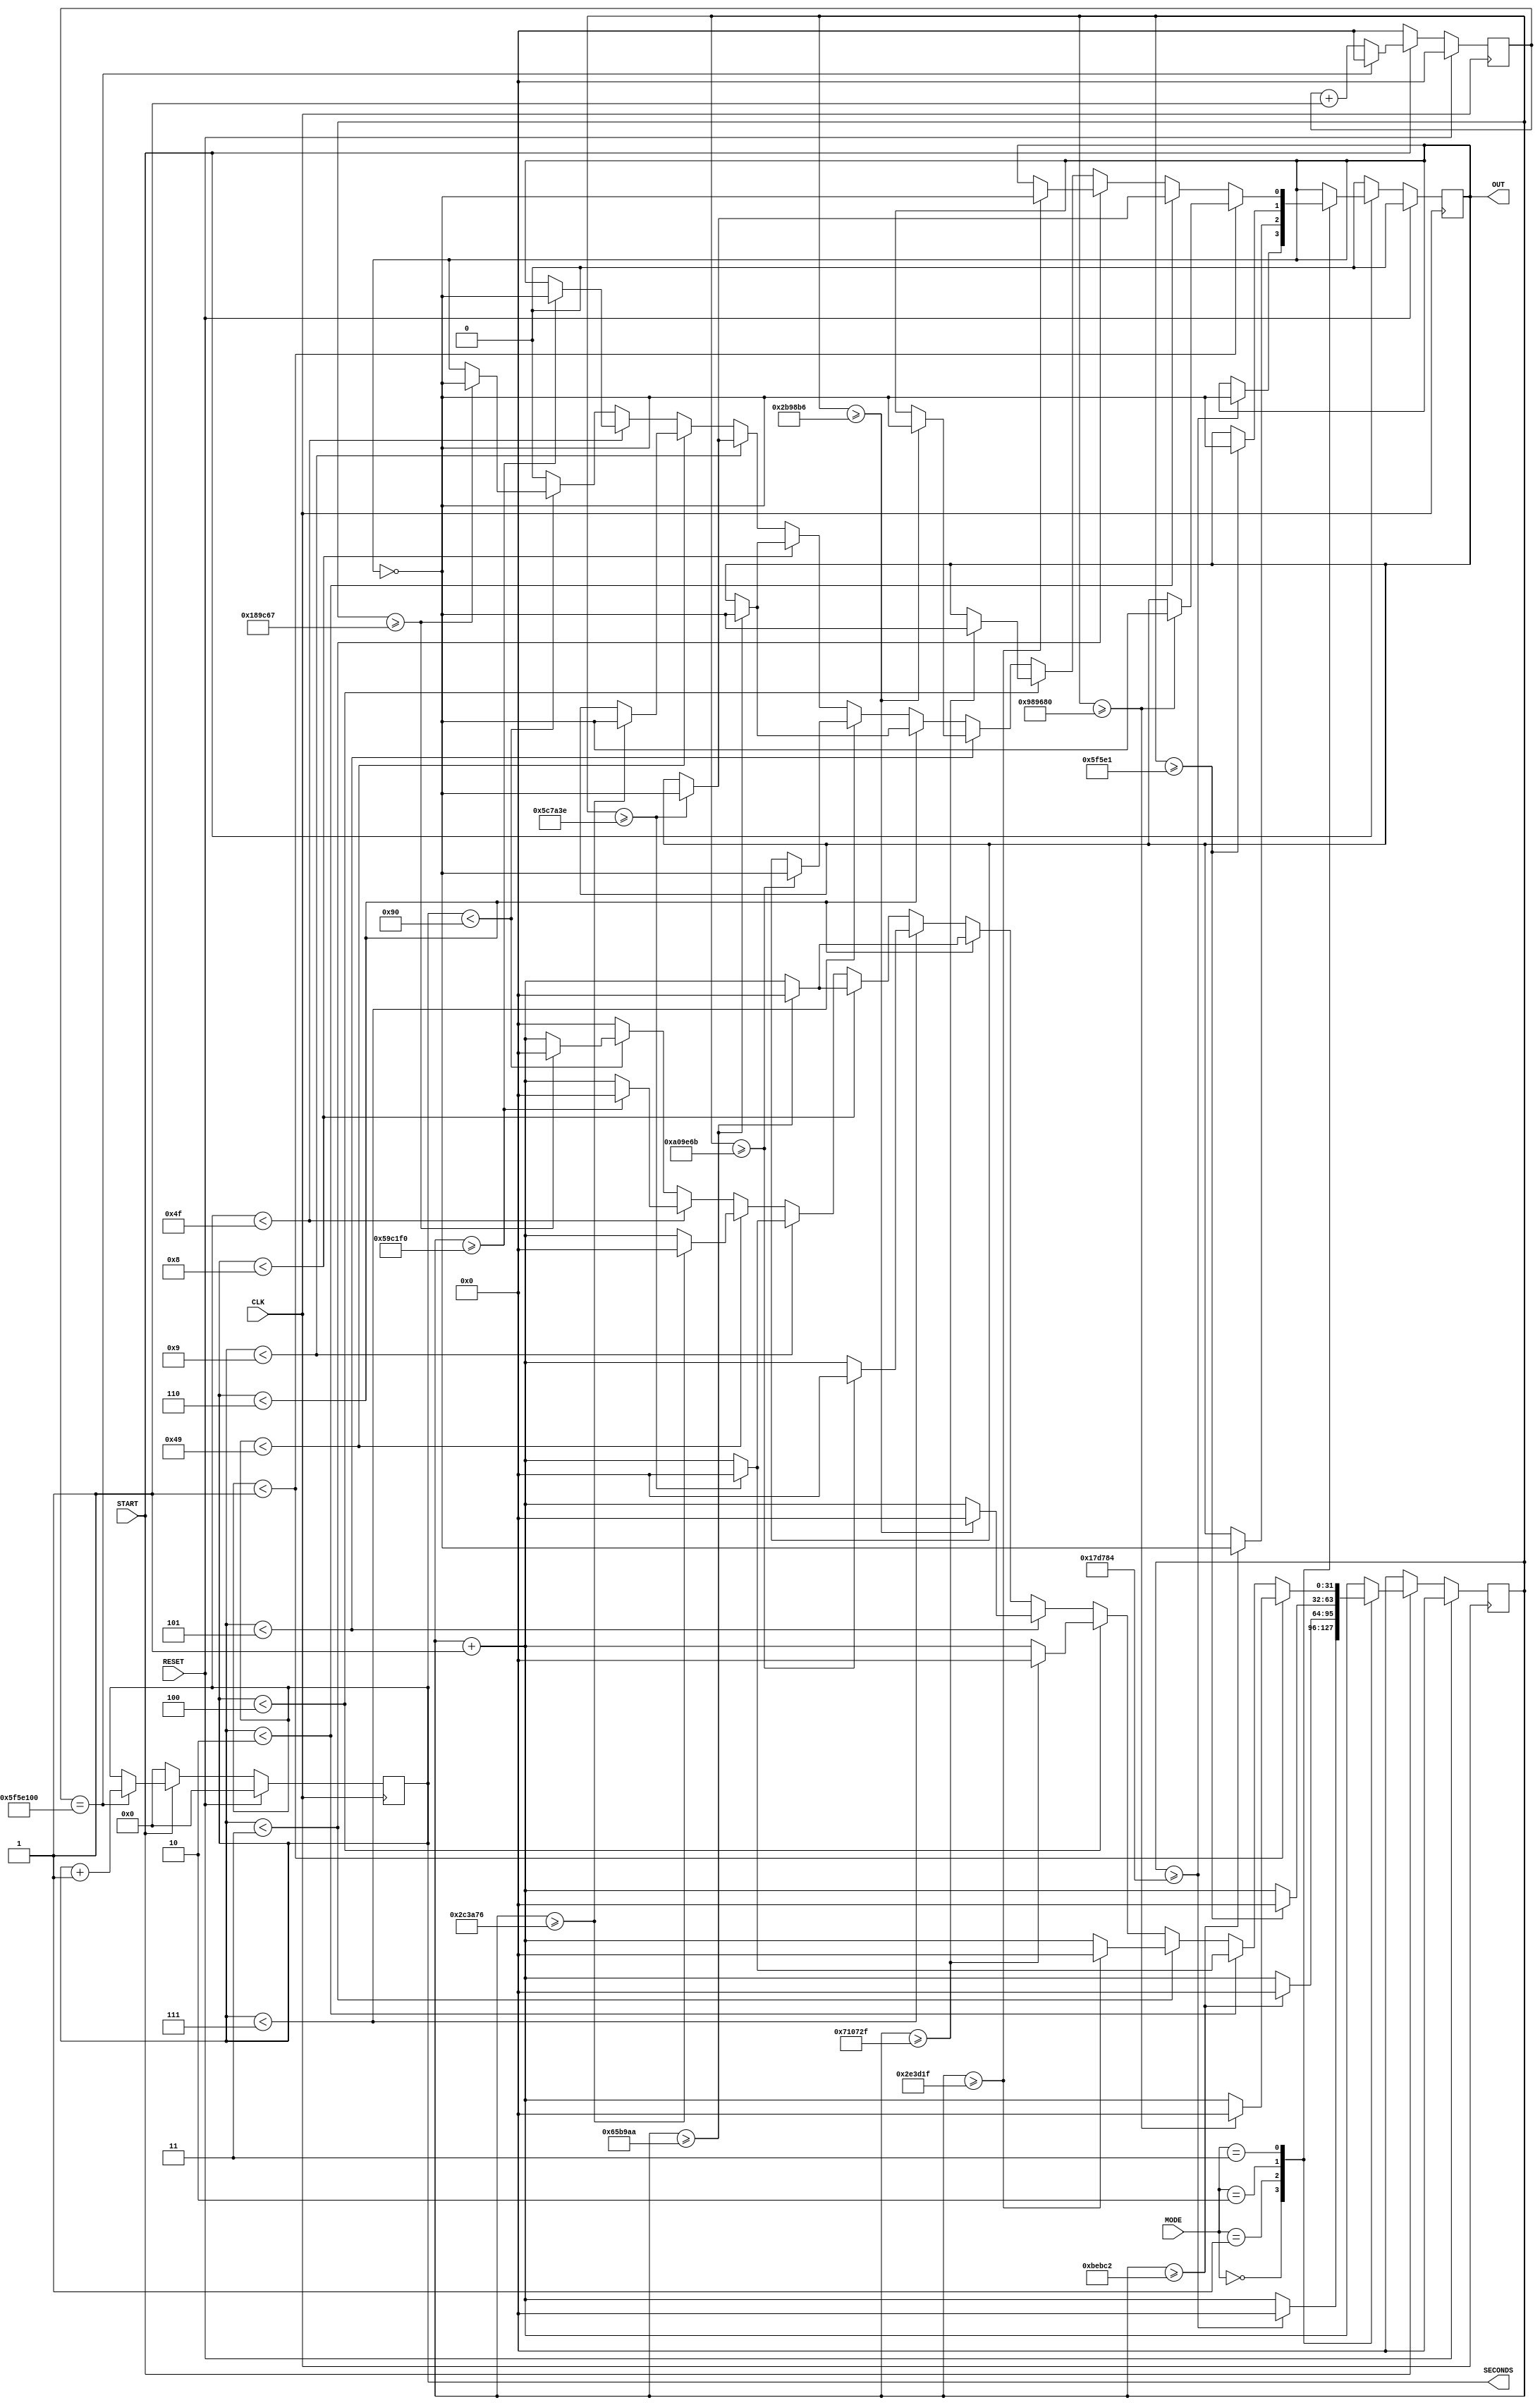
`timescale 1ns / 1ps
//////////////////////////////////////////////////////////////////////////////////
// Company: 
// Engineer: 
// 
// Design Name: 
// Module Name: pulse_generator
// Project Name: 
// Target Devices: 
// Tool Versions: 
// Description: 
// 
// Dependencies: 
// 
// Revision:
// Revision 0.01 - File Created
// Additional Comments:
// 
//////////////////////////////////////////////////////////////////////////////////


module pulse_generator(
    input CLK,
    input RESET,
    input START, 
    input [1:0]MODE,
    output OUT,
    output [15:0]SECONDS
    );
    
    reg pulse;
    reg [31:0]counter;

    reg [31:0]second_counter;
    reg [15:0]seconds_passed;

    assign OUT = pulse;
    assign SECONDS = seconds_passed;

    initial begin
        pulse = 0;
        counter = 0;
        second_counter = 0;
        seconds_passed = 0;
    end

    always @(posedge CLK) begin
        if(RESET)begin
            pulse <= 0;
            counter <= 0;
            second_counter <= 0;
            seconds_passed <= 0;
        end
        else begin
            counter <= counter + 1;
            second_counter <= second_counter + 1;

            if(second_counter == 100000000)begin
                seconds_passed <= seconds_passed + 1;
                second_counter <= 0;
            end

            if(!START) begin
                pulse <= 0;
                counter <= 0;
                second_counter <= 0;
                seconds_passed <= 0;
            end
            else begin
                case (MODE)
                    2'b00: begin
                            if(counter >= 1562500) begin //1562500 = 32 pulses per second (1/2x)/10ns
                                pulse <= pulse ^ 1;
                                counter <= 0;
                            end
                        end
                    2'b01: begin
                            if(counter >= 781250) begin //781250 = 64 pulses per second (1/2x)/10ns
                                pulse <= pulse ^ 1;
                                counter <= 0;
                            end
                        end
                    2'b10: begin
                            if(counter >= 390625) begin //390625 = 128 pulses per second (1/2x)/10ns
                                pulse <= pulse ^ 1;
                                counter <= 0;
                            end
                        end
                    2'b11: begin
                            if(seconds_passed < 1)begin
                                if(counter >= 10000000) begin //10000000 = 20 pulses per second (1/2x)/10ns
                                    pulse <= pulse ^ 1;
                                    counter <= 0;
                                end
                            end
                            else if(seconds_passed < 2)begin
                                if(counter >= 6060606) begin //6060606 = 33 pulses per second (1/2x)/10ns
                                    pulse <= pulse ^ 1;
                                    counter <= 0;
                                end
                            end
                            else if(seconds_passed < 3)begin
                                if(counter >= 3030303) begin //3030303 = 66 pulses per second (1/2x)/10ns
                                    pulse <= pulse ^ 1;
                                    counter <= 0;
                                end
                            end
                            else if(seconds_passed < 4)begin
                                if(counter >= 7407407) begin //7407407 = 27 pulses per second (1/2x)/10ns
                                    pulse <= pulse ^ 1;
                                    counter <= 0;
                                end
                            end
                            else if(seconds_passed < 5)begin
                                if(counter >= 2857142) begin //2857142 = 70 pulses per second (1/2x)/10ns
                                    pulse <= pulse ^ 1;
                                    counter <= 0;
                                end
                            end
                            else if(seconds_passed < 6)begin
                                if(counter >= 6666666) begin //6666666 = 30 pulses per second (1/2x)/10ns
                                    pulse <= pulse ^ 1;
                                    counter <= 0;
                                end
                            end
                            else if(seconds_passed < 7)begin
                                if(counter >= 10526315) begin //10526315 = 19 pulses per second (1/2x)/10ns
                                    pulse <= pulse ^ 1;
                                    counter <= 0;
                                end
                            end
                            else if(seconds_passed < 8)begin
                                if(counter >= 6666666) begin //6666666 = 30 pulses per second (1/2x)/10ns
                                    pulse <= pulse ^ 1;
                                    counter <= 0;
                                end
                            end
                            else if(seconds_passed < 9)begin
                                if(counter >= 6060606) begin //6060606 = 33 pulses per second (1/2x)/10ns
                                    pulse <= pulse ^ 1;
                                    counter <= 0;
                                end
                            end
                            else if(seconds_passed < 73)begin
                                if(counter >= 2898550) begin //2898550 = 69 pulses per second (1/2x)/10ns
                                    pulse <= pulse ^ 1;
                                    counter <= 0;
                                end
                            end
                            else if(seconds_passed < 79)begin
                                if(counter >= 5882352) begin //5882352 = 34 pulses per second (1/2x)/10ns
                                    pulse <= pulse ^ 1;
                                    counter <= 0;
                                end
                            end
                            else if(seconds_passed < 144)begin
                                if(counter >= 1612903) begin //1612903 = 124 pulses per second (1/2x)/10ns
                                    pulse <= pulse ^ 1;
                                    counter <= 0;
                                end
                            end
                            else begin // No pulses
                                pulse <= 0;
                                counter <= 0;
                            end
                        end
                endcase
            end
        end
    end

    
    
endmodule